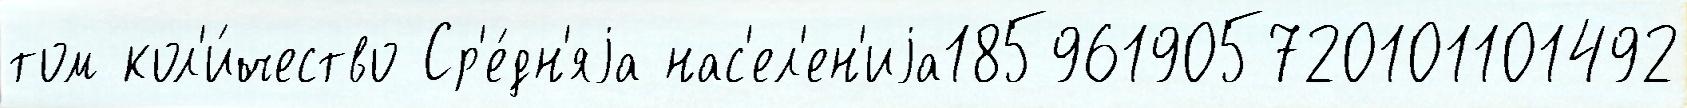
том кол'и́чество Ср'е́дн'яjа нас'ел'ен'иjа185961905720101101492